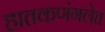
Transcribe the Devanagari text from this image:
हातकणंगलेत